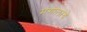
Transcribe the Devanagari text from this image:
मंगोलांचे